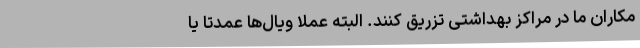
مکاران ما در مراکز بهداشتی تزریق کنند. البته عملا ویال‌ها عمدتا یا